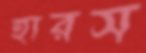
হারস